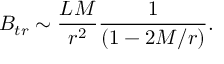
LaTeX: B _ { t r } \sim \frac { L M } { r ^ { 2 } } \frac { 1 } { ( 1 - 2 M / r ) } .